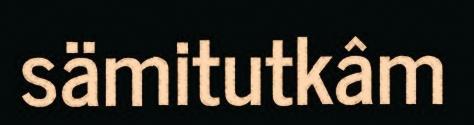
sämitutkâm